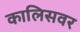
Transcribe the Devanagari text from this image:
कालिसवर